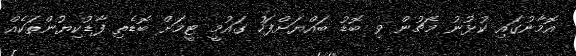
އޮމާނުގައި ކުޅުނު މެޗުން ވި ބޮޑު ބައްޔަށްފަހު ގައުމީ ޓީމަށް ބޮޑެތި ފާޑުކިޔުންތަކެއް